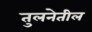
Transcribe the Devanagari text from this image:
तुलनेतील